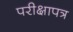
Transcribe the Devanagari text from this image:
परीक्षापत्र